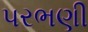
પરભણી